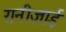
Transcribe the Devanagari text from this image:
रानीज़ाई